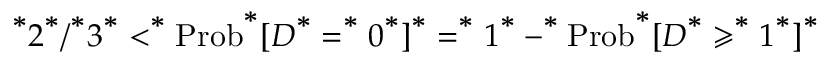
^ { \textbf * } 2 ^ { \textbf * } / ^ { \textbf * } 3 ^ { \textbf * } < ^ { \textbf * } \mathrm { P r o b } ^ { \textbf * } [ D ^ { \textbf * } = ^ { \textbf * } 0 ^ { \textbf * } ] ^ { \textbf * } = ^ { \textbf * } 1 ^ { \textbf * } - ^ { \textbf * } \mathrm { P r o b } ^ { \textbf * } [ D ^ { \textbf * } \geqslant ^ { \textbf * } 1 ^ { \textbf * } ] ^ { \textbf * }